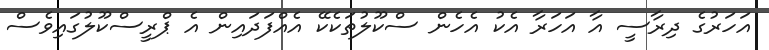
އަހަރުގެ ދިރާސީ އާ އަހަރާ އެކު އެހެން ސްކޫލުތަކެކޭ އެއްފަދައިން އެ ޕްރީސްކޫލުގައިވެސް